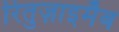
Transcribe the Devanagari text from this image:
रितुज़ाइमैब